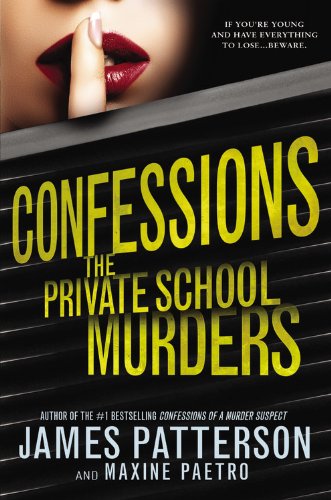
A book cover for Confessions: The Private School Murders; James Patterson; Teen & Young Adult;